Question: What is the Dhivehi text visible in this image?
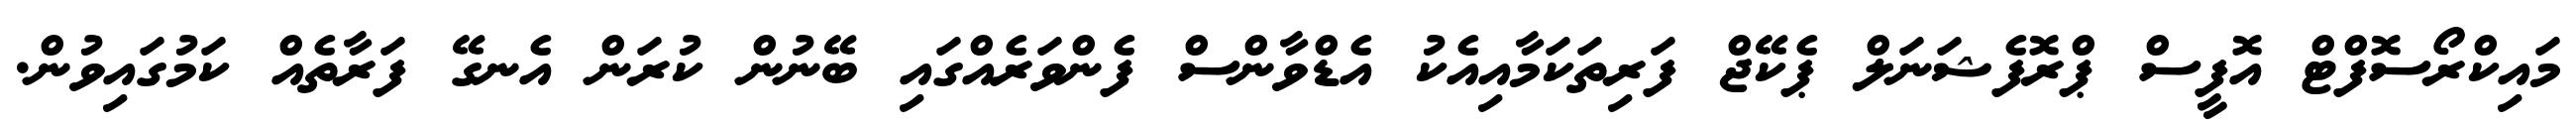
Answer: މައިކްރޯސޮފްޓް އޮފީސް ޕްރޮފެޝަނަލް ޕެކޭޖް ފަރިތަކަމާއިއެކު އެޑްވާންސް ފެންވަރެއްގައި ބޭނުން ކުރަން އެނގޭ ފަރާތެއް ކަމުގައިވުން.